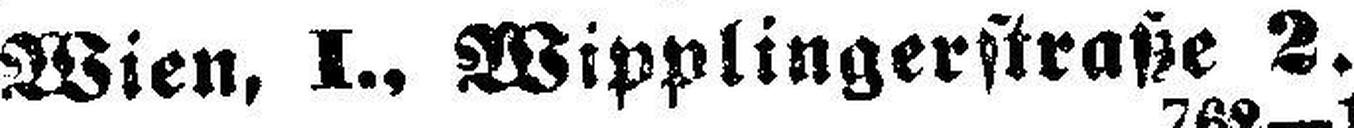
Wien, I., Wipplingerstraße 2.